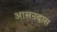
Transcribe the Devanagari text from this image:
आसनदास